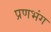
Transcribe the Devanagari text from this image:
प्रणभंग